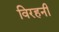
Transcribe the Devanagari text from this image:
विरहनी